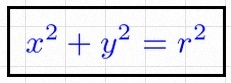
x^2+y^2=r^2